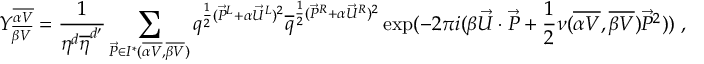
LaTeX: Y _ { \overline { { { \beta V } } } } ^ { \overline { { { \alpha V } } } } = { \frac { 1 } { \eta ^ { d } { \overline { { \eta } } } ^ { d ^ { \prime } } } } \sum _ { { \vec { P } } \in { \cal I } ^ { * } ( { \overline { { { \alpha V } } } } , { \overline { { { \beta V } } } } ) } q ^ { { \frac { 1 } { 2 } } ( { \vec { P } } ^ { L } + \alpha { \vec { U } } ^ { L } ) ^ { 2 } } { \overline { { q } } } ^ { { \frac { 1 } { 2 } } ( { \vec { P } } ^ { R } + \alpha { \vec { U } } ^ { R } ) ^ { 2 } } \exp ( - 2 \pi i ( \beta { \vec { U } } \cdot { \vec { P } } + { \frac { 1 } { 2 } } \nu ( { \overline { { { \alpha V } } } } , { \overline { { { \beta V } } } } ) { \vec { P } } ^ { 2 } ) ) ~ ,